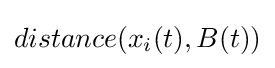
distance(x_{i}(t),B(t))